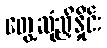
တွေ့ဆုံညှိနှိုင်း